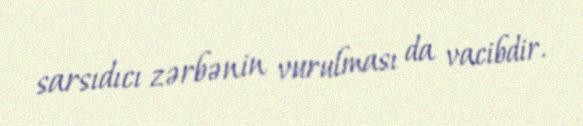
sarsıdıcı zərbənin vurulması da vacibdir.